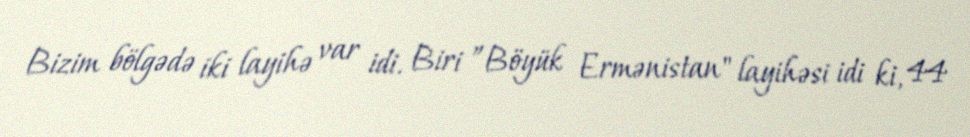
Bizim bölgədə iki layihə var idi. Biri ”Böyük Ermənistan" layihəsi idi ki, 44